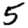
Digit: 5